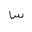
Letter: _sin